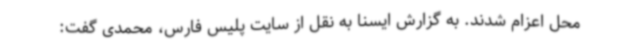
محل اعزام شدند. به گزارش ایسنا به نقل از سایت پلیس فارس، محمدی گفت: